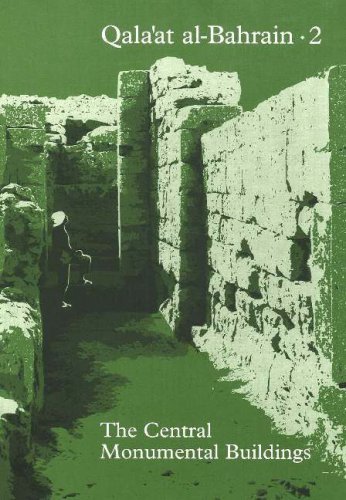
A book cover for Qala'at al-Bahrain 2: The Central Monumental Buildings (JUTLAND ARCH SOCIETY) (v. 2); Flemming Hojlund; History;